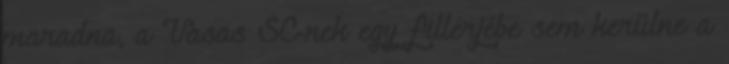
maradna, a Vasas SC-nek egy fillérjébe sem kerülne a